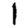
Digit: 1